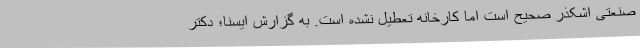
صنعتی اشکذر صحیح است اما کارخانه تعطیل نشده است. به گزارش ایسنا؛ دکتر